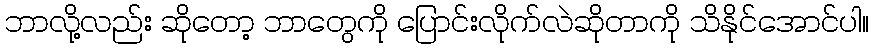
ဘာလို့လည်း ဆိုတော့ ဘာတွေကို ပြောင်းလိုက်လဲဆိုတာကို သိနိုင်အောင်ပါ။